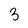
Character: 3